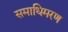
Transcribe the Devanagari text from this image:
समाधिमरण